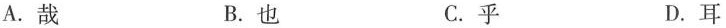
A.哉 B.也 C.乎 D.耳